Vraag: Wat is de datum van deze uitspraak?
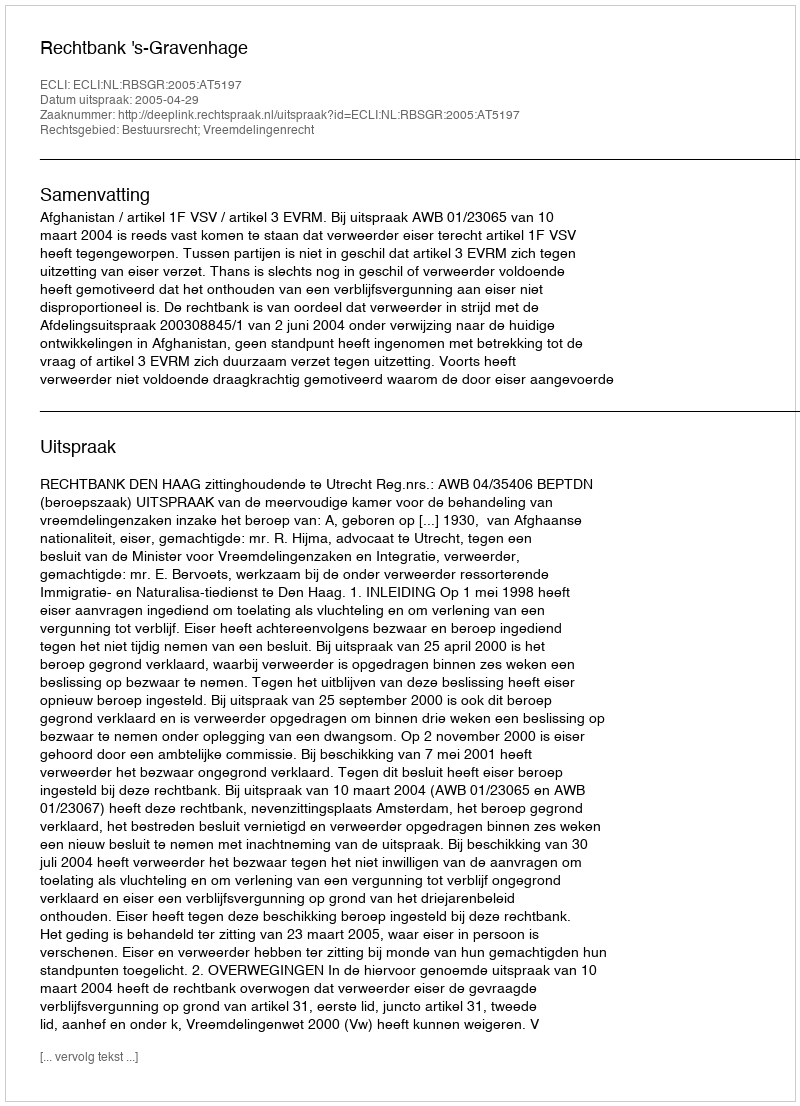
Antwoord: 2005-04-29